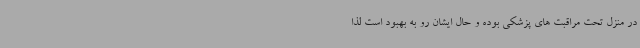
در منزل تحت مراقبت های پزشکی بوده و حال ایشان رو به بهبود است لذا